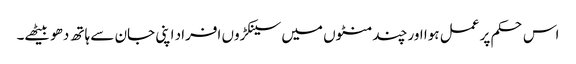
اس حکم پر عمل ہوا اور چند منٹوں میں سینکڑوں افراد اپنی جان سے ہاتھ دھو بیٹھے۔